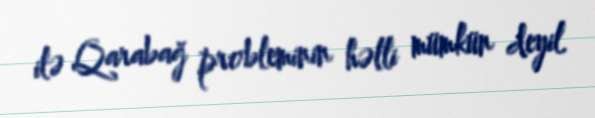
ilə Qarabağ probleminin həlli mümkün deyil.